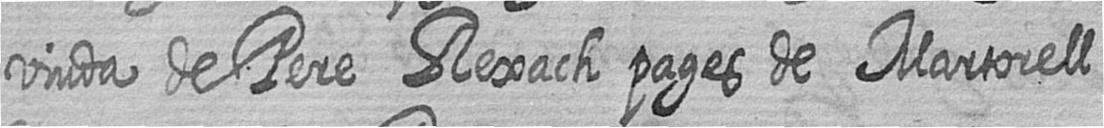
viuda de Pere Rexach pages de Martorell